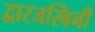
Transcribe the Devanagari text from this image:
द्वारजस्विनी